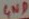
Text: GND